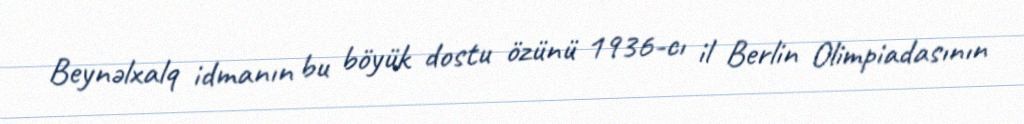
Beynəlxalq idmanın bu böyük dostu özünü 1936-cı il Berlin Olimpiadasının